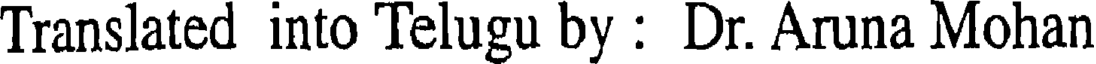
Translated into Telugu by : Dr. Aruna Mohan